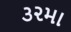
૩૨મા